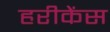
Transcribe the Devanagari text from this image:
हरीकेंस